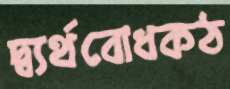
দ্ব্যর্থবোধকঠ